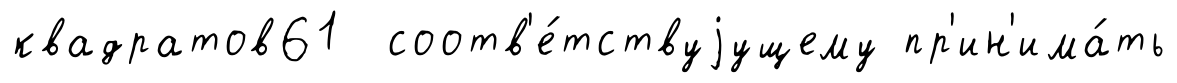
квадратов61 соотв'е́тствуjущему пр'ин'има́ть